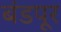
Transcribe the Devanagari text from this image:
बंडपूर